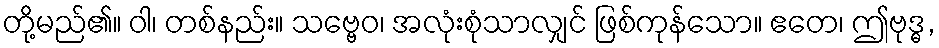
တို့မည်၏။ ဝါ၊ တစ်နည်း။ သဗ္ဗေဝ၊ အလုံးစုံသာလျှင် ဖြစ်ကုန်သော။ ဧတေ၊ ဤဗုဒ္ဓ,